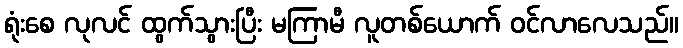
ရုံးစေ လုလင် ထွက်သွားပြီး မကြာမီ လူတစ်ယောက် ဝင်လာလေသည်။